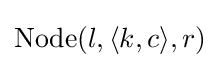
{\text{Node}}(l,\langle k,c\rangle ,r)